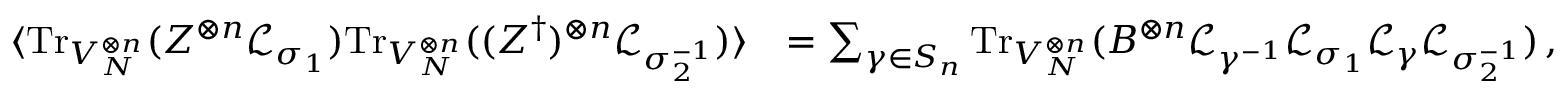
\begin{array} { r l } { \langle \mathrm { T r } _ { V _ { N } ^ { \otimes n } } ( Z ^ { \otimes n } \mathcal { L } _ { \sigma _ { 1 } } ) \mathrm { T r } _ { V _ { N } ^ { \otimes n } } ( ( Z ^ { \dagger } ) ^ { \otimes n } \mathcal { L } _ { \sigma _ { 2 } ^ { - 1 } } ) \rangle } & { = \sum _ { \gamma \in S _ { n } } \mathrm { T r } _ { V _ { N } ^ { \otimes n } } ( B ^ { \otimes n } \mathcal { L } _ { \gamma ^ { - 1 } } \mathcal { L } _ { \sigma _ { 1 } } \mathcal { L } _ { \gamma } \mathcal { L } _ { \sigma _ { 2 } ^ { - 1 } } ) \, , } \end{array}